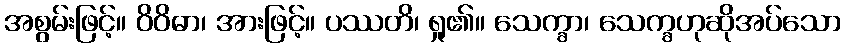
အစွမ်းဖြင့်။ ဝိဝိဓာ၊ အားဖြင့်။ ပဿတိ၊ ရှု၏။ သေက္ခာ၊ သေက္ခဟုဆိုအပ်သော